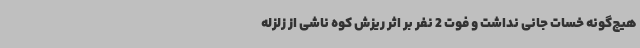
هیچ‌گونه خسات جانی نداشت و فوت 2 نفر بر اثر ریزش کوه ناشی از زلزله